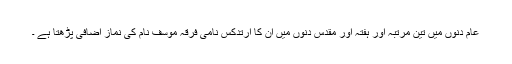
عام دنوں میں تین مرتبہ اور ہفتہ اور مقدس دنوں میں ان کا ارتدکس نامی فرقہ موسف نام کی نماز اضافی پڑھتا ہے ۔